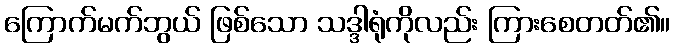
ကြောက်မက်ဘွယ် ဖြစ်သော သဒ္ဒါရုံကိုလည်း ကြားစေတတ်၏။